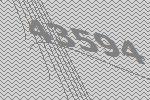
43594